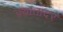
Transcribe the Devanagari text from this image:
ज़्यातादर